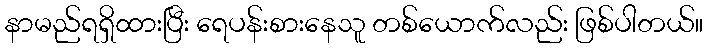
နာမည်ရရှိထားပြီး ရေပန်းစားနေသူ တစ်ယောက်လည်း ဖြစ်ပါတယ်။